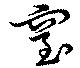
窒